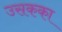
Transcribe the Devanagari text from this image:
उसकका